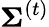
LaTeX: \boldsymbol{\Sigma}^{(t)}